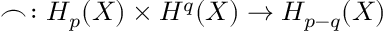
\frown \colon H _ { p } ( X ) \times H ^ { q } ( X ) \to H _ { p - q } ( X )